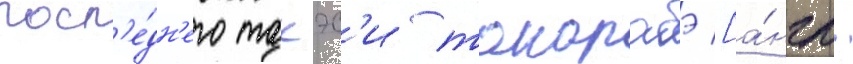
посл'е́дн'его такэс'и такарабэ [а́нгл.